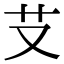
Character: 𦫿